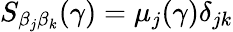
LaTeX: S_{\beta_{j}\beta_{k}}(\gamma)=\mu_{j}(\gamma)\delta_{jk}